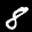
Label: 8